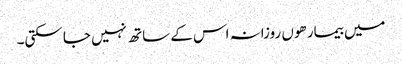
میں بیمار ھوں روزانہ اس کے ساتھ نہیں جا سکتی۔